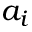
a _ { i }